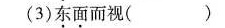
(3)东面而视()